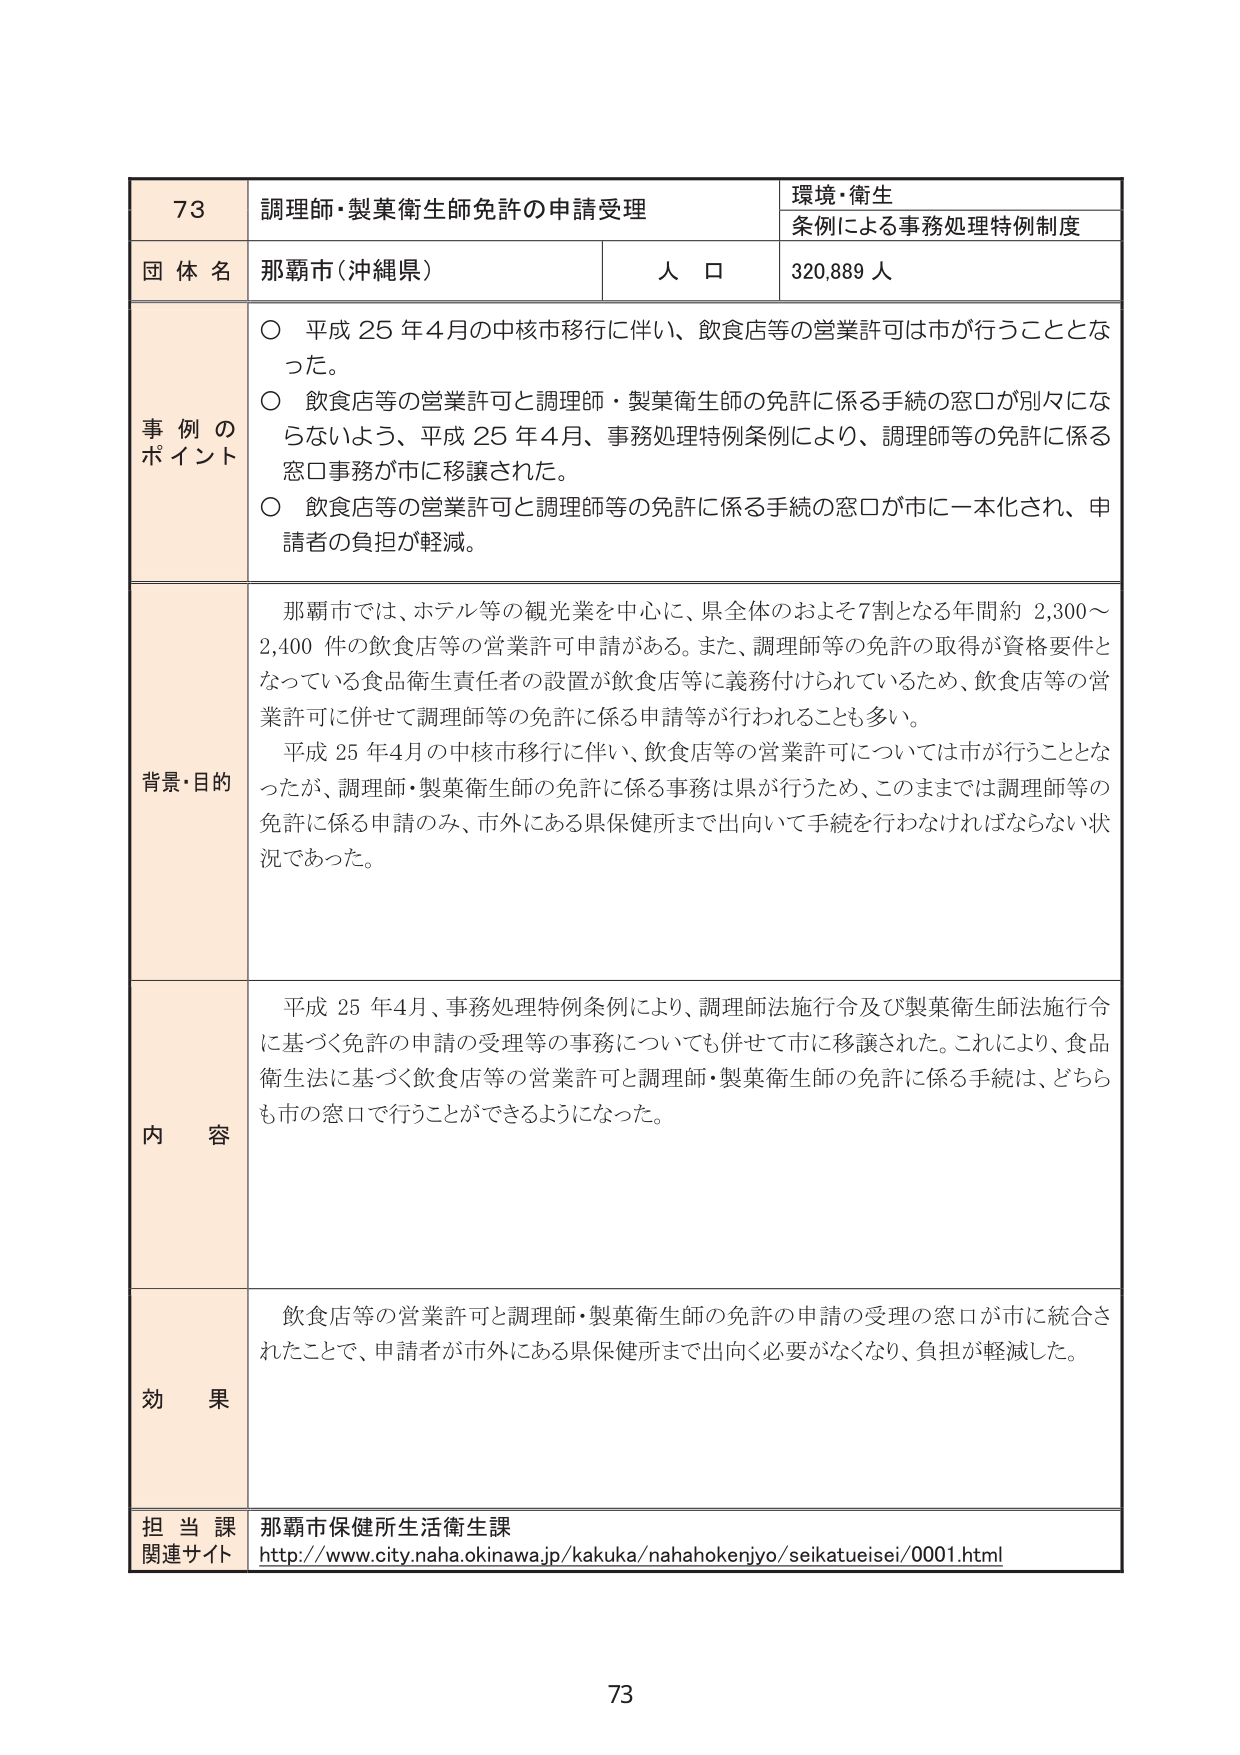
73 調理師・製菓衛生師免許の申請受理 環境・衛生 条例による事務処理特例制度 団体名 那覇市（沖縄県） 人口 320,889人 事例のポイント ○ 平成25年4月の中核市移行に伴い、飲食店等の営業許可は市が行うこととなった。 ○ 飲食店等の営業許可と調理師・製菓衛生師の免許に係る手続の窓口が別々にならないよう、平成25年4月、事務処理特例条例により、調理師等の免許に係る窓口事務が市に移譲された。 ○ 飲食店等の営業許可と調理師等の免許に係る手続の窓口が市に一本化され、申請者の負担が軽減。 背景・目的 那覇市では、ホテル等の観光業を中心に、県全体のおよそ7割となる年間約2,300～2,400件の飲食店等の営業許可申請がある。また、調理師等の免許の取得が資格要件となっている食品衛生責任者の設置が飲食店等に義務付けられているため、飲食店等の営業許可に併せて調理師等の免許に係る申請等が行われることも多い。 平成25年4月の中核市移行に伴い、飲食店等の営業許可については市が行うこととなったが、調理師・製菓衛生師の免許に係る事務は県が行うため、このままでは調理師等の免許に係る申請のみ、市外にある県保健所まで出向いて手続を行わなければならない状況であった。 内容 平成25年4月、事務処理特例条例により、調理師法施行令及び製菓衛生師法施行令に基づく免許の申請の受理等の事務についても併せて市に移譲された。これにより、食品衛生法に基づく飲食店等の営業許可と調理師・製菓衛生師の免許に係る手続は、どちらも市の窓口で行うことができるようになった。 効果 飲食店等の営業許可と調理師・製菓衛生師の免許の申請の受理の窓口が市に統合されたことで、申請者が市外にある県保健所まで出向く必要がなくなり、負担が軽減した。 担当課 那覇市保健所生活衛生課 関連サイト http://www.city.naha.okinawa.jp/kakuka/nahahokenjyo/seikatueisei/0001.html 73